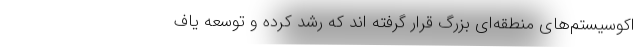
اکوسیستم‌های منطقه‌ای بزرگ قرار گرفته اند که رشد کرده و توسعه یاف